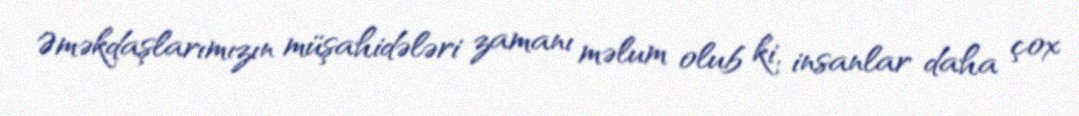
Əməkdaşlarımızın müşahidələri zamanı məlum olub ki, insanlar daha çox